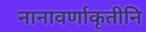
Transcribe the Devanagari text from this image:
नानावर्णाकृतीनि